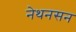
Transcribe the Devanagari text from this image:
नेथनसन